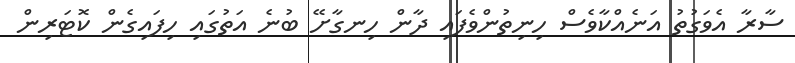
ސާރާ އެވަގުތު އަނެއްކާވެސް ހިނިތުންވެފައި ދާން ހިނގާށޭ ބުނެ އަތުގައި ހިފައިގެން ކޮޓަރިން